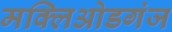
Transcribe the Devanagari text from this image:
मक्लिओडगंज